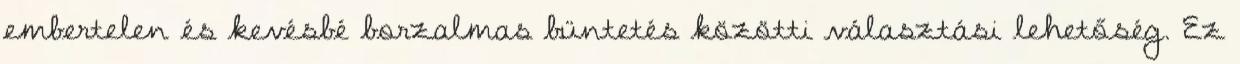
embertelen és kevésbé borzalmas büntetés közötti választási lehetőség. Ez